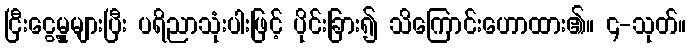
ငြီးငွေ့မှုများပြီး ပရိညာသုံးပါးဖြင့် ပိုင်းခြား၍ သိကြောင်းဟောထား၏။ ၄-သုတ်။